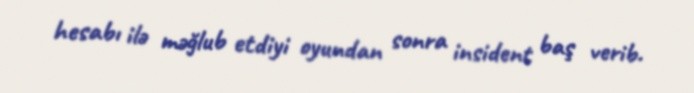
hesabı ilə məğlub etdiyi oyundan sonra insident baş verib.